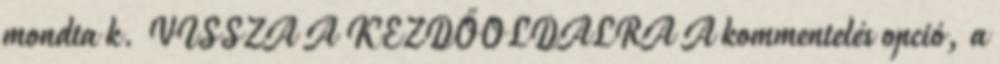
mondta k. VISSZA A KEZDŐOLDALRA A kommentelés opció, a